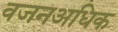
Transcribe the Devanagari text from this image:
वजनअधिक